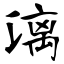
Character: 漓